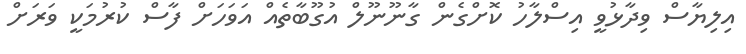
އިލިޔާސް ވިދާޅުވީ އިސްލާހު ކޮށްގެން ގާނޫނޫލް އުގޫބާތެއް އަވަހަށް ފާސް ކުރުމަކީ ވަރަށް